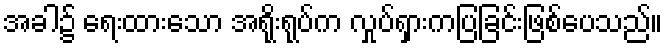
အခါ၌ ရေးထားသော အရိုးရုပ်က လှုပ်ရှားကပြခြင်းဖြစ်ပေသည်။